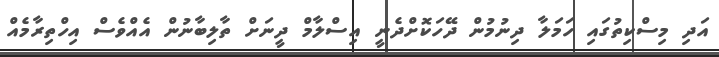
އަދި މިސްކިތުގައި ހަމަލާ ދިނުމުން ދޭހަކޮށްދެނީ އިސްލާމް ދީނަށް ތާލިބާނުން އެއްވެސް އިހްތިރާމެއް